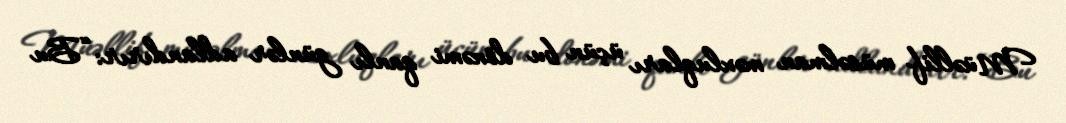
Müəllif müsəlman məxluqları üçün bu dönəmi qanlı günlər adlandırır: “Bu